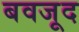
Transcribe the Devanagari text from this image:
बवजूद